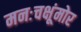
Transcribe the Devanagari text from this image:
मनःचक्षूंमोर